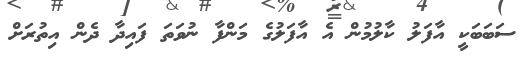
ސަބަބަކީ އާފަލު ކާލުމުން އެ އާފަލުގެ މަންފާ ނުވަތަ ފައިދާ ދެން އިތުރަށް